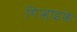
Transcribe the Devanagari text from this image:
गिऱ्हाइके